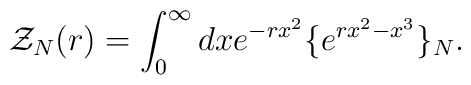
{\cal Z}_N(r)=\int_0^{\infty} dx e^{-rx^2}\{e^{rx^2-x^3}\}_N.